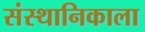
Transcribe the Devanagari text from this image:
संस्थानिकाला